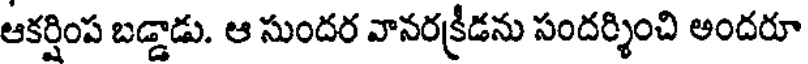
ఆకర్షింప బడ్డాడు. ఆ సుందర వానరక్రీడను సందర్శించి అందరూ